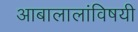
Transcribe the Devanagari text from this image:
आबालालांविषयी